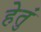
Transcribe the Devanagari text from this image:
हेतुं